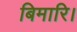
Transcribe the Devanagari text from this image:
बिमारि।